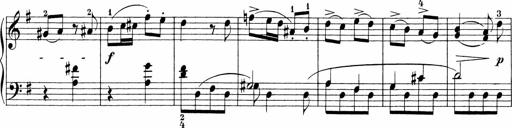
Title: Sonatinen Op.47, 98 und 136, nebst 6 Liedersonatinen
Composer: Carl Reinecke